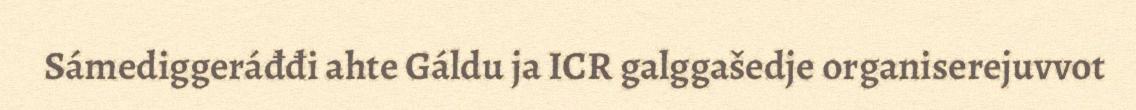
Sámediggeráđđi ahte Gáldu ja ICR galggašedje organiserejuvvot